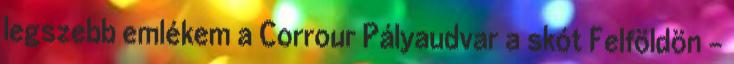
legszebb emlékem a Corrour Pályaudvar a skót Felföldön –